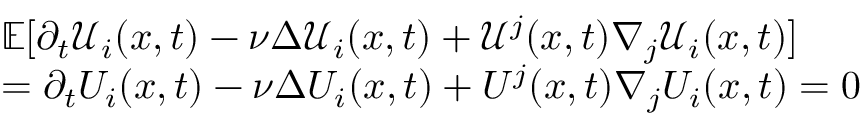
\begin{array} { r l } & { \mathbb { E } [ \partial _ { t } \mathcal { U } _ { i } ( x , t ) - \nu \Delta \mathcal { U } _ { i } ( x , t ) + \mathcal { U } ^ { j } ( x , t ) \nabla _ { j } \mathcal { U } _ { i } ( x , t ) ] } \\ & { = \partial _ { t } { U } _ { i } ( x , t ) - \nu \Delta { U } _ { i } ( x , t ) + { U } ^ { j } ( x , t ) \nabla _ { j } { U } _ { i } ( x , t ) = 0 } \end{array}